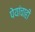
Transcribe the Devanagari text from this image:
पेयांचाही